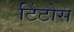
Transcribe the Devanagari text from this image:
टिंटोस